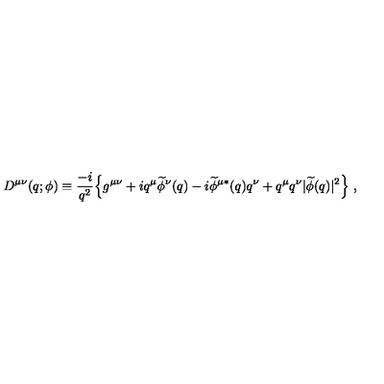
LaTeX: D ^ { \mu \nu } ( q ; \phi ) \equiv { \frac { - i } { q ^ { 2 } } } \Bigl \{ g ^ { \mu \nu } + i q ^ { \mu } \widetilde \phi ^ { \nu } ( q ) - i { \widetilde \phi ^ { \mu * } } ( q ) q ^ { \nu } + q ^ { \mu } q ^ { \nu } \vert \widetilde \phi ( q ) \vert ^ { 2 } \Bigr \} \ ,